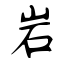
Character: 岩